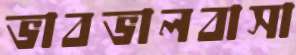
ভাবভালবাসা